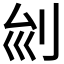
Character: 𠛏